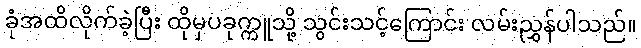
ခုံအထိလိုက်ခဲ့ပြီး ထိုမှပခုက္ကူသို့ သွင်းသင့်ကြောင်း လမ်းညွှန်ပါသည်။